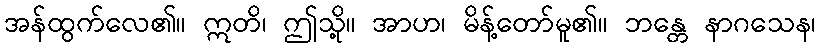
အန်ထွက်လေ၏။ ဣတိ၊ ဤသို့။ အာဟ၊ မိန့်တော်မူ၏။ ဘန္တေ နာဂသေန၊